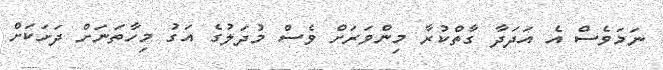
ނަމަވެސް އެ އަދަދާ ގާތްކުރާ މިންވަރަށް ވެސް މުދަލުގެ އަގު މިހާތަނަށް ދަށަކަށް